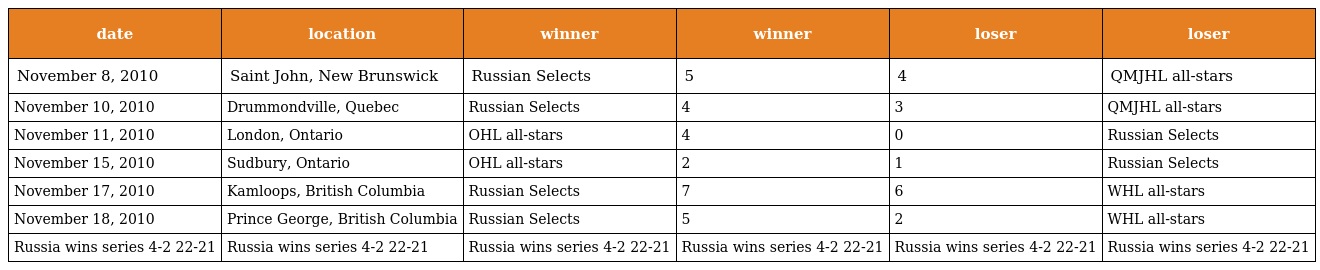
| date | location | winner | winner | loser | loser |
 | --- | --- | --- | --- | --- | --- |
 | November 8, 2010 | Saint John, New Brunswick | Russian Selects | 5 | 4 | QMJHL all-stars |
 | November 10, 2010 | Drummondville, Quebec | Russian Selects | 4 | 3 | QMJHL all-stars |
 | November 11, 2010 | London, Ontario | OHL all-stars | 4 | 0 | Russian Selects |
 | November 15, 2010 | Sudbury, Ontario | OHL all-stars | 2 | 1 | Russian Selects |
 | November 17, 2010 | Kamloops, British Columbia | Russian Selects | 7 | 6 | WHL all-stars |
 | November 18, 2010 | Prince George, British Columbia | Russian Selects | 5 | 2 | WHL all-stars |
 | Russia wins series 4-2 22-21 | Russia wins series 4-2 22-21 | Russia wins series 4-2 22-21 | Russia wins series 4-2 22-21 | Russia wins series 4-2 22-21 | Russia wins series 4-2 22-21 |